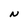
Character: N